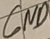
Text: GND